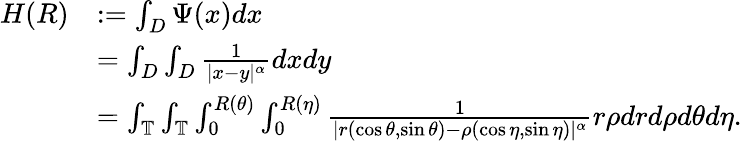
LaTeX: \begin{array}{rl}{H(R)}&{:=\int_{D}\Psi(x)dx}\\ &{=\int_{D}\int_{D}\frac{1}{|x-y|^{\alpha}}dxdy}\\ &{=\int_{\mathbb{T}}\int_{\mathbb{T}}\int_{0}^{R(\theta)}\int_{0}^{R(\eta)}\frac{1}{|r(\cos\theta,\sin\theta)-\rho(\cos\eta,\sin\eta)|^{\alpha}}r\rho drd\rho d\theta d\eta.}\end{array}